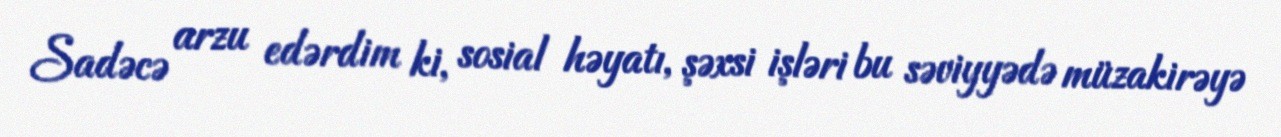
Sadəcə arzu edərdim ki, sosial həyatı, şəxsi işləri bu səviyyədə müzakirəyə